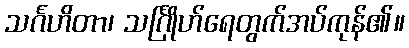
သင်္ဂဟိတာ၊ သင်္ဂြိုဟ်ရေတွက်အပ်ကုန်၏။